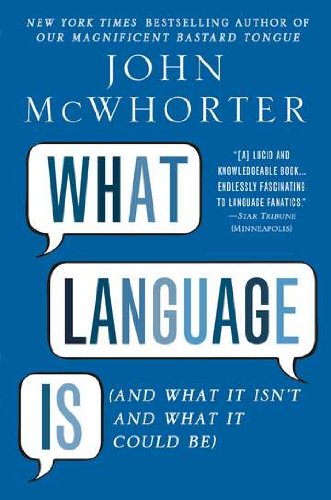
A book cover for What Language Is: And What It Isn't and What It Could Be; John McWhorter; Reference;